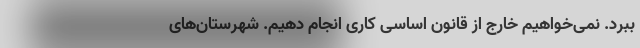
ببرد. نمی‌خواهیم خارج از قانون اساسی کاری انجام دهیم. شهرستان‌های